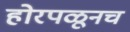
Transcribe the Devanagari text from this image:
होरपळूनच